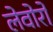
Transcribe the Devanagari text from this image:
लेवोरो